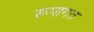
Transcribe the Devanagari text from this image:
रूपागत